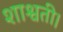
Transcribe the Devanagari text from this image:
शाश्वती।